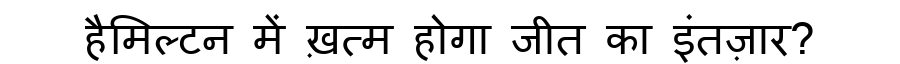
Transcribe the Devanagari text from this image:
हैमिल्टन में ख़त्म होगा जीत का इंतज़ार?